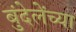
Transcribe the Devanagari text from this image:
बुंदेलेंच्या